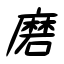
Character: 磨